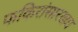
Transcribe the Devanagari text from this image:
फकिरांसारख्या